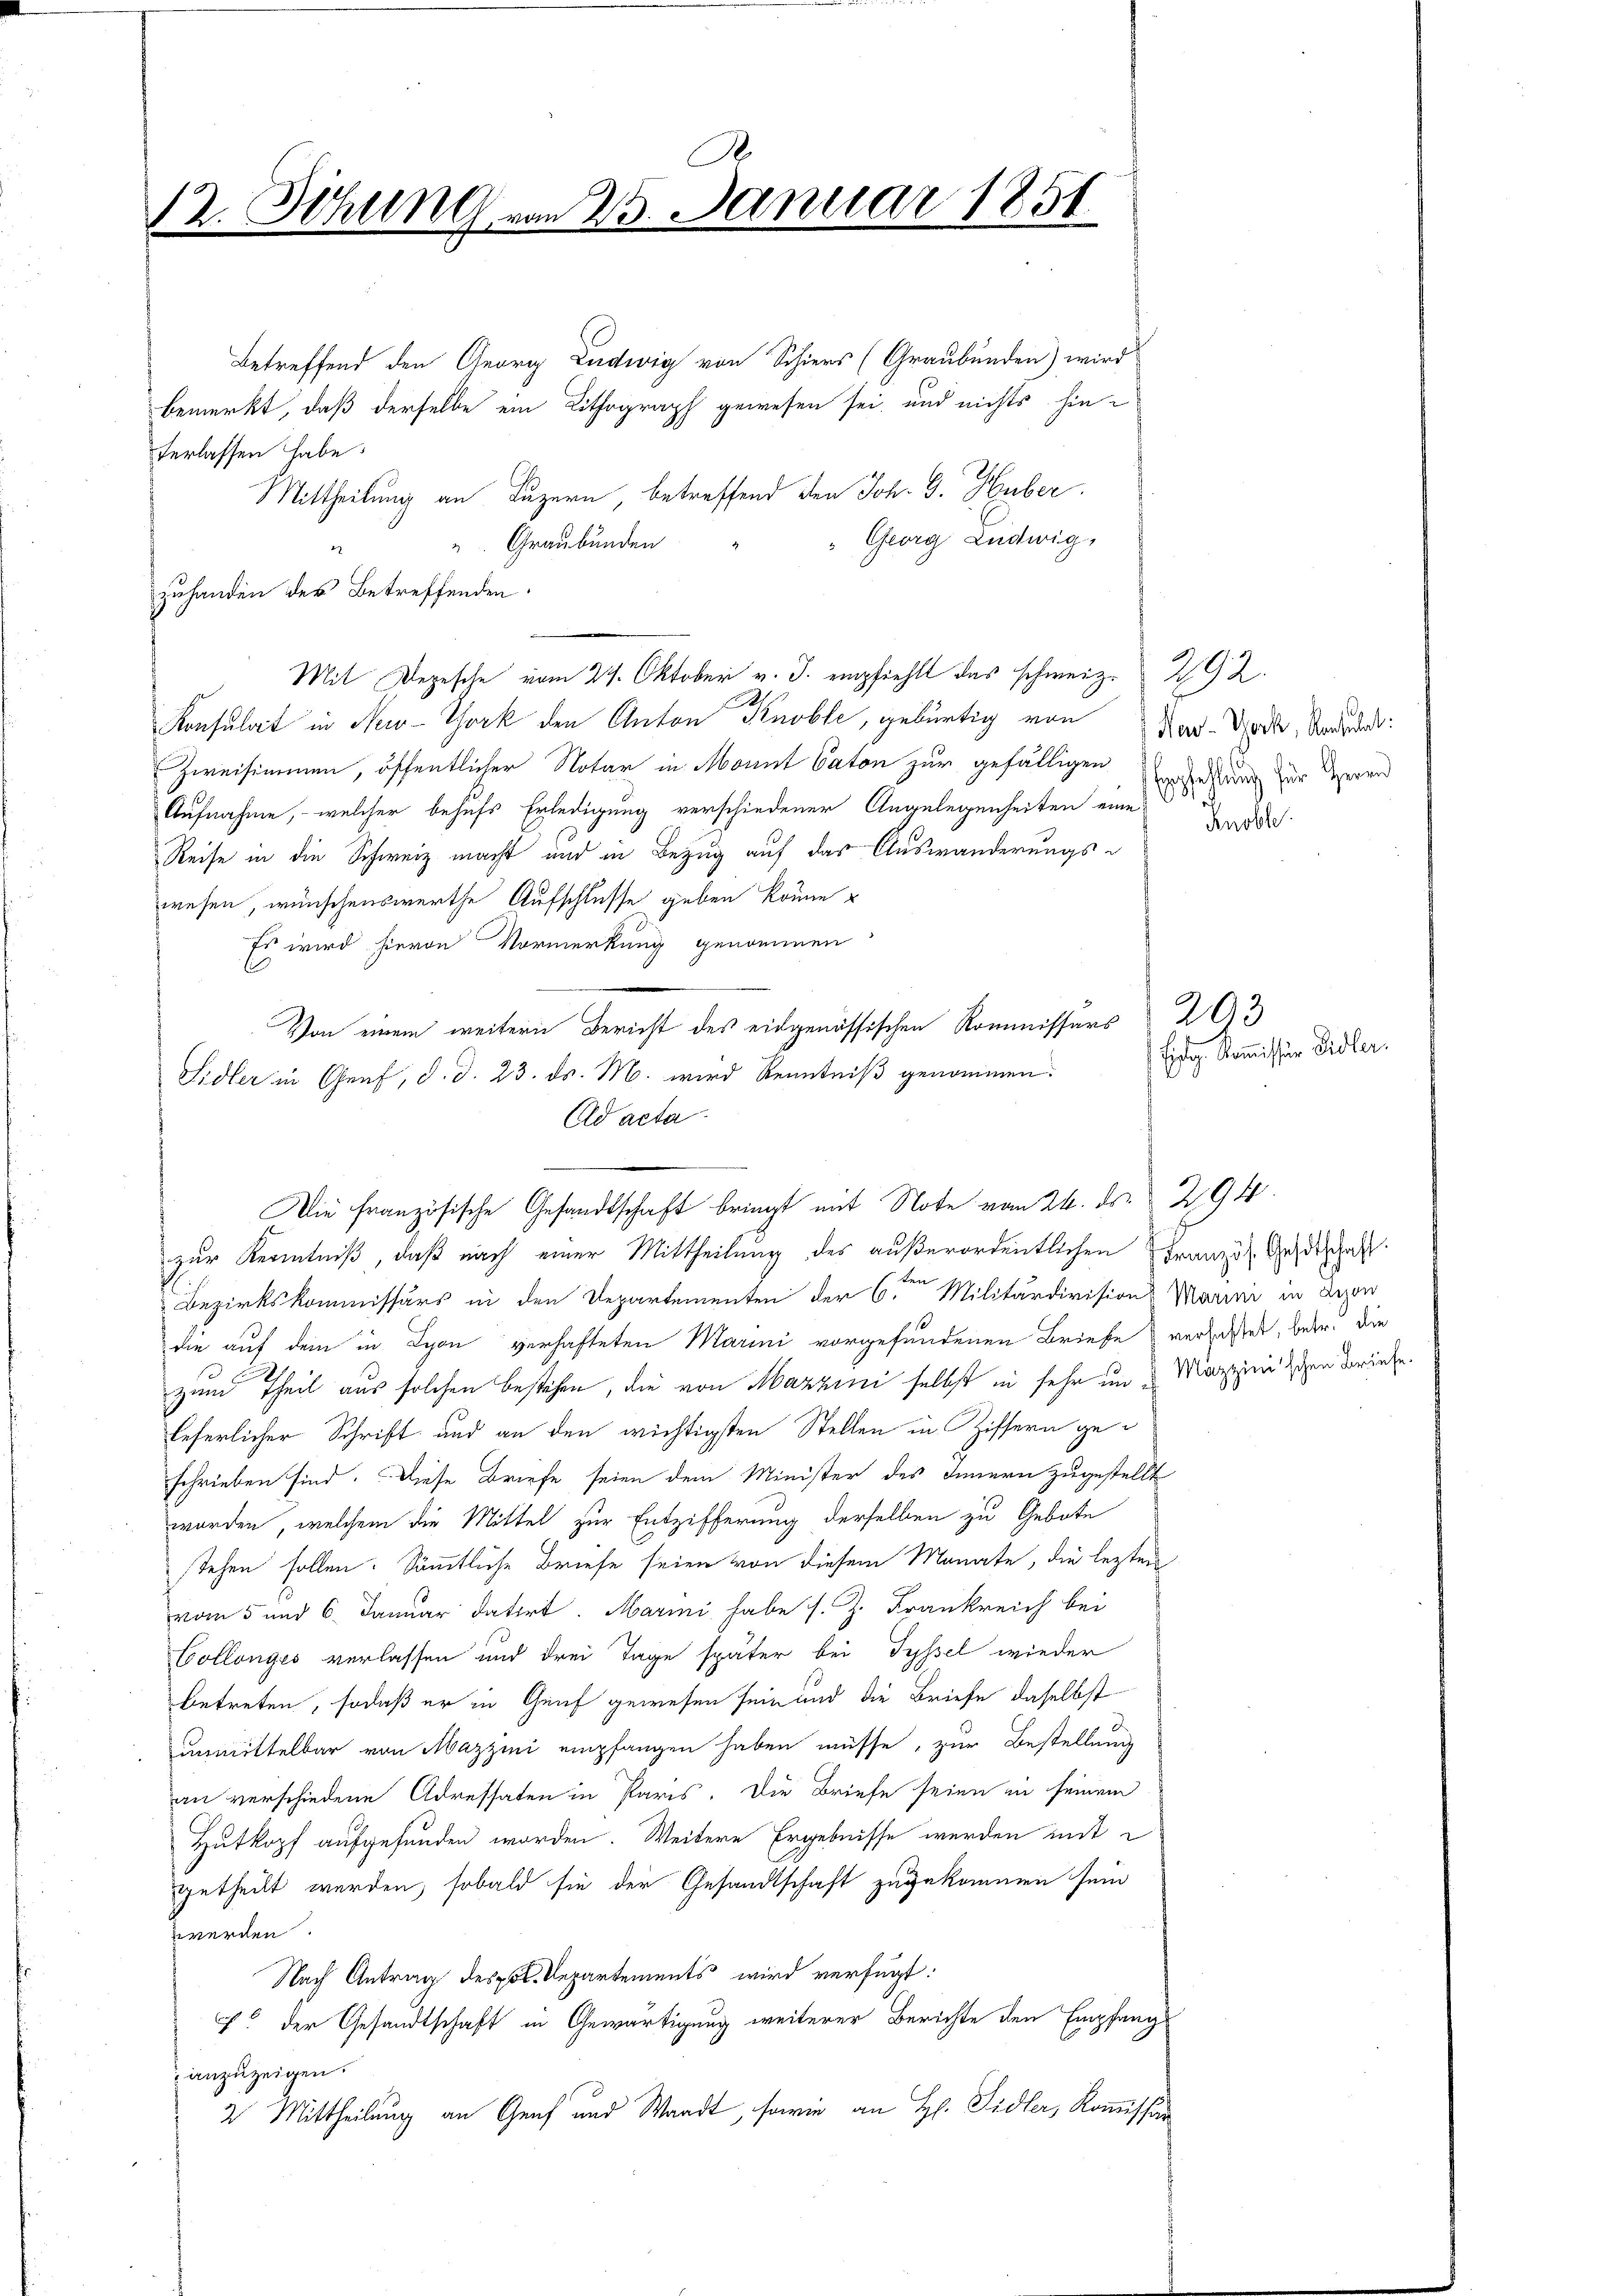
betreffend den Georg Ludwig von Schiers (Graubünden) wird
bemerkt, daß derselbe ein Lithograph gewesen sei, und nichts hin-
verlassen habe.
Mittheilung an Luzern, betreffend den Joh. G. Huber.
 Georg Ludwig,
 Graubünden
.
zuhanden der Betreffenden.
Mit Depesche vom 29. Oktober v. J. empfiehlt das schweiz. 292.
Konsulat in New-York den Anton Knoble, gebürtig von Nad-Wode, Andr
Zweisimmen, öffentlicher Notar in Monnt Caton zur gefälligen
Aufnahme, welcher behufs Erledigung verschiedener Angelegenheiten eines für Herrn
Reise in die Schweiz macht und in Bezug auf das Auswanderungswesen, wünschenswerthe Aufschlusse geben könne
Es wird hievon Vormerkung genommen
Von einem weitern Bericht des eidgenössischen Kommissärs
Sidler in Genf, d. d. 23. ds. M. wird Kenntniß genommen.
Ad acta.

.
12. Sitzung vom 23. Januar 1851

Die Französische Gesandtschaft bringt mit Note vom 24. ds. 294.

zur Kenntniß, daß nach einer Mittheilung des außerordentlichen Französ. Geldschaft
Bezirkskommissärs in den Departementen der 6ten Militärdivision Marini in Lizen
die auf dem in Lyon verhafteten Marini vorgefundenen Briefe verlachtet, betr. die
zum Theil aus solchen bestehen, die von Mazzini selbst in sehr im Marzinizien derinte
leferlicher Schrift und an den wichtigsten Stellen in Ziffern geschrieben sind. Diese Briefe seien dem Minister des Innern zugestellt
worden, welchem die Mittel zur Entzifferung derselben zu Gebote
stehen sollen. Sämmtliche Briefe seien von diesem Monate, die lezten
vom 5 und 6. Januar datirt. Marini habe s. Z. Frankreich bei
Collenges verlassen und drei Tage später bei Tyssel wieder
betreten, sodaß er in Genf gewesen sein und die Briefe daselbst
Unmittelbar von Mazzini empfangen haben müsse, zur Bestellung
an verschiedene Adressaten in Paris. Die Briefe seien in seinem
Hutkopf aufgefunden worden. Weitere Ergebnisse werden mit
getheilt werden, sobald sie der Gesandtschaft zugekommen sein
werden
Nach Antrag des Bl. Departements wird verfügt:
c der Gesandtschaft in Gewärtigung weiterer Berichte den Empfang
anzuzeigen.
2 Mittheilung an Genf und Waadt, sowie an H. Sidler, Kommissär

Knoble

293
Eidg. Kommissär Sidler.